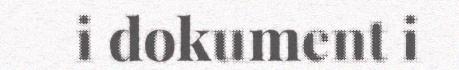
i dokument i